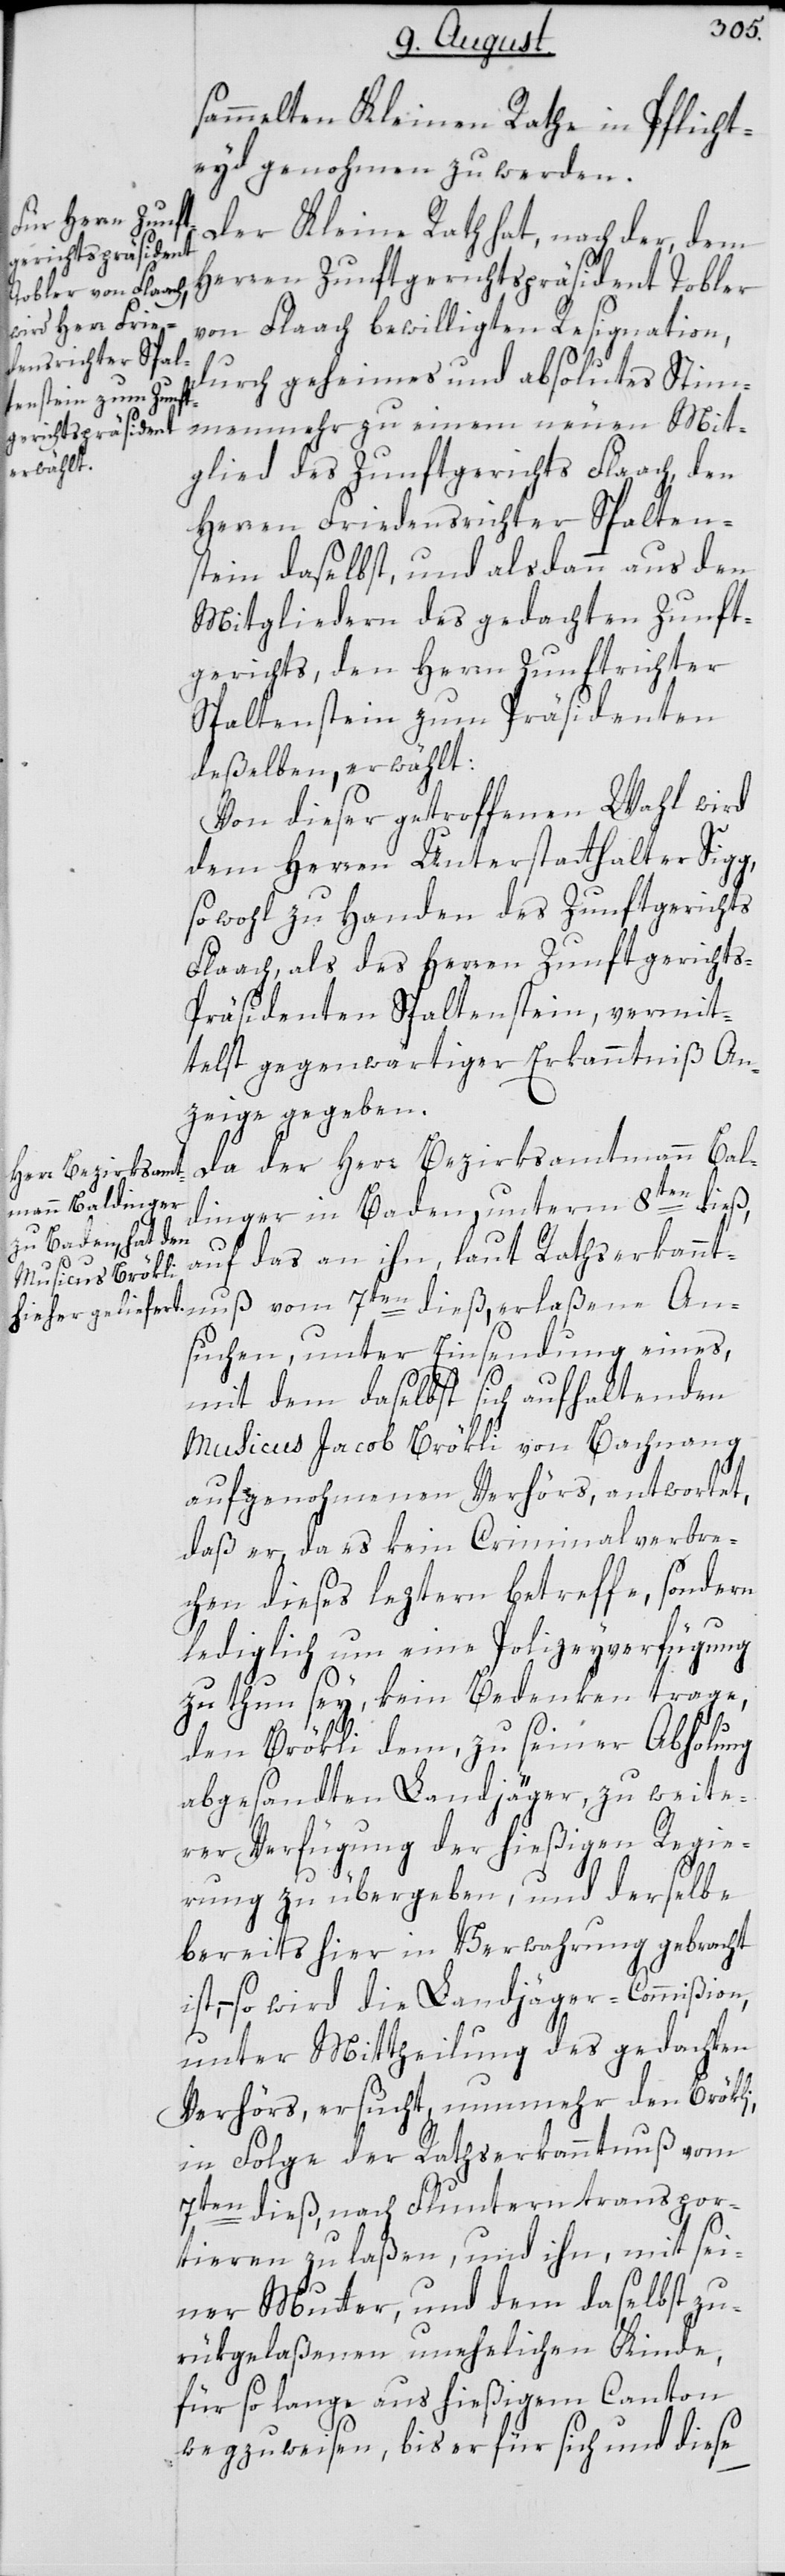
sammelten Kleinen Rathe in Pflicht¬
eyd genohmen zu werden.
Der Kleine Rath hat, nach der, dem
Herren Zunftgerichtspräsident Tobler
von Flaach bewilligten Resignation,
durch geheimes und absolutes Stim¬
menmehr zu einem neuen Mit¬
glied des Zunftgerichts Flaach, den
Herren Friedensrichter Spalten¬
stein daselbst, und alsdann aus den
Mitgliedern des gedachten Zunft¬
gerichts, den Herren Zunftrichter
Spaltenstein zum Präsidenten
deßelben erwählt:
Von dieser getroffenen Wahl wird
dem Herren Unterstatthalter Sigg,
sowohl zu Handen des Zunftgerichts
Flaach, als des Herren Zunftgericht¬
s-Präsidenten Spaltenstein, vermit¬
telst gegenwärtiger Erkanntniß An¬
zeige gegeben.
Da der Herr Bezirksamtmann Bald¬
inger in Baden, unterm 8ten dieß,
auf das an ihn, laut Rathserkannt¬
nuß vom 7ten dieß, erlaßene An¬
suchen, unter Einsendung eines,
mit dem daselbst sich aufhaltenden
Musicus Jacob Brökli von Bachnang
aufgenohmenen Verhörs, antwortet,
daß er, da es kein Criminalverbre¬
chen dieses leztern betreffe, sondern
lediglich um eine Polizeyverfügung
zu thun sey, kein Bedenken trage,
den Brökli dem, zu seiner Abholung
abgesandten Landjäger, zu weite¬
rer Verfügung der hießigen Regie¬
rung zu übergeben, und derselbe
bereits hier in Verwahrung gebracht
so wird die Landjäger-Commißion,
unter Mittheilung des gedachten
Verhörs, ersucht, nunmehr den Brökli,
in Folge der Rathserkanntnuß vom
7ten dieß, nach Fluntern transpor¬
tieren zu laßen, und ihn, mit sei¬
ner Mutter, und dem daselbst zu¬
rükgelaßenen unehelichen Kinde,
für so lange aus hießigem Canton
wegzuweisen, bis er für sich und diese